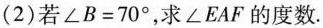
(2)若$$\angle B=70^{\circ}$$，求\angle EAF的度数.